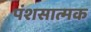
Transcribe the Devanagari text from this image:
पंशसात्मक